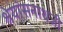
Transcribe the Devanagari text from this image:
श्रेयांसनाथजी